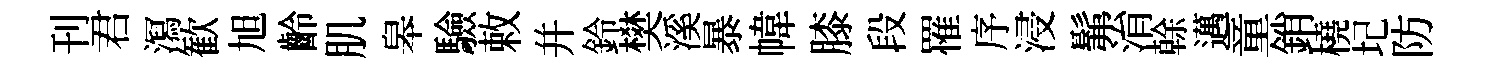
刊君㵼歓旭齡肌皋驗敕幷鈴樊溪暴幃膝段罹序浸髴㳙𠏉邁童銷橈圮防